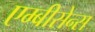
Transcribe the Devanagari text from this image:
एम्बीसेन्स